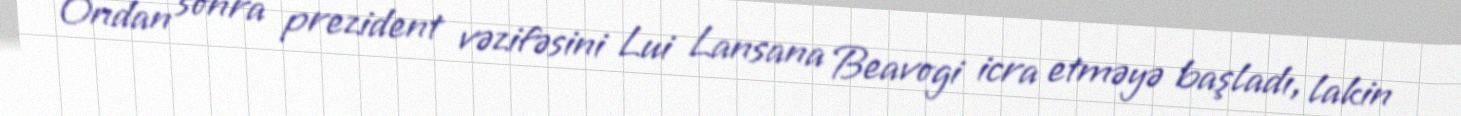
Ondan sonra prezident vəzifəsini Lui Lansana Beavogi icra etməyə başladı, lakin